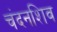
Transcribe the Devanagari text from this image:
चंदनशिव